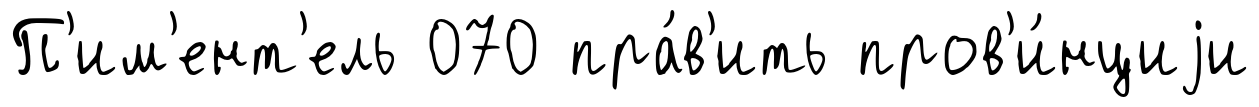
П'им'ент'ель 070 пра́в'ить пров'и́нциjи